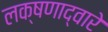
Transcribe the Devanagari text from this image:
लक्षणाद्वारे